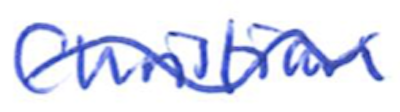
Text: Christian
Cross-out: wave
Writing tool: ballpoint